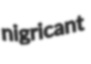
nigricant